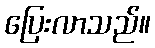
ပြေးလာသည်။